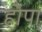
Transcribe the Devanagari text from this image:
होपा